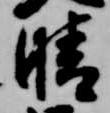
晴